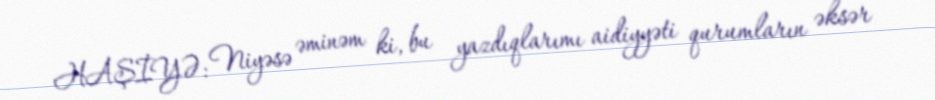
HAŞİYƏ: Niyəsə əminəm ki, bu yazdıqlarımı aidiyyəti qurumların əksər